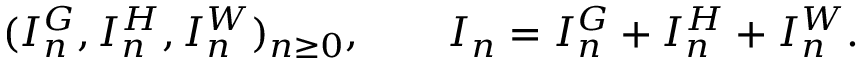
( I _ { n } ^ { G } , I _ { n } ^ { H } , I _ { n } ^ { W } ) _ { n \geq 0 } , \qquad I _ { n } = I _ { n } ^ { G } + I _ { n } ^ { H } + I _ { n } ^ { W } .